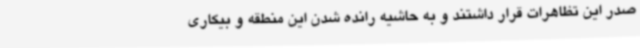
صدر این تظاهرات قرار داشتند و به حاشیه رانده شدن این منطقه و بیکاری